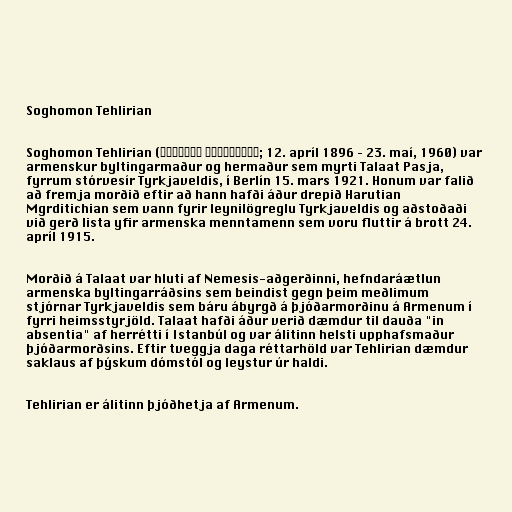
Soghomon Tehlirian

Soghomon Tehlirian (Սողոմոն Թեհլիրեան; 12. apríl 1896 – 23. maí, 1960) var
armenskur byltingarmaður og hermaður sem myrti Talaat Pasja,
fyrrum stórvesír Tyrkjaveldis, í Berlín 15. mars 1921. Honum var falið
að fremja morðið eftir að hann hafði áður drepið Harutian
Mgrditichian sem vann fyrir leynilögreglu Tyrkjaveldis og aðstoðaði
við gerð lista yfir armenska menntamenn sem voru fluttir á brott 24.
apríl 1915.

Morðið á Talaat var hluti af Nemesis-aðgerðinni, hefndaráætlun
armenska byltingarráðsins sem beindist gegn þeim meðlimum
stjórnar Tyrkjaveldis sem báru ábyrgð á þjóðarmorðinu á Armenum í
fyrri heimsstyrjöld. Talaat hafði áður verið dæmdur til dauða "in
absentia" af herrétti í Istanbúl og var álitinn helsti upphafsmaður
þjóðarmorðsins. Eftir tveggja daga réttarhöld var Tehlirian dæmdur
saklaus af þýskum dómstól og leystur úr haldi.

Tehlirian er álitinn þjóðhetja af Armenum.